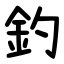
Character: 釣